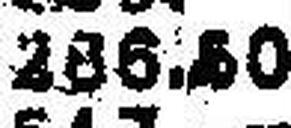
266.60